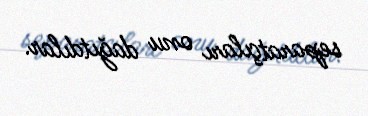
separatçıları onu dağıtdılar.